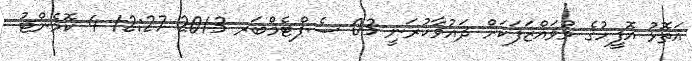
އަތޮޅު އޮފީހުގެ މުވައްޒަފަކަށް ދައުވާކުރަނީ 03 ސެޕްޓެމްބަރ 2013 12:27 4 ކޮމެންޓު